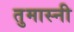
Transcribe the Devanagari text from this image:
तुमास्नी